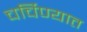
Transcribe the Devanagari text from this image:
चर्चिण्यात